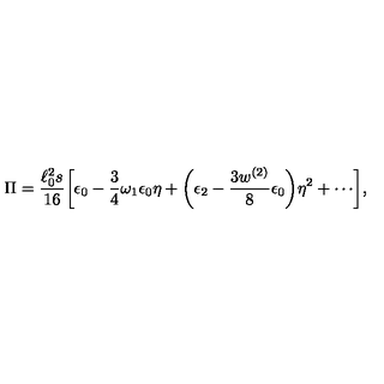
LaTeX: \Pi = \frac { \ell _ { 0 } ^ { 2 } s } { 1 6 } \biggl [ \epsilon _ { 0 } - \frac { 3 } { 4 } \omega _ { 1 } \epsilon _ { 0 } \eta + \biggl ( \epsilon _ { 2 } - \frac { 3 w ^ { ( 2 ) } } { 8 } \epsilon _ { 0 } \biggl ) \eta ^ { 2 } + \cdots \biggr ] ,